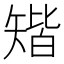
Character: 𥏪